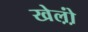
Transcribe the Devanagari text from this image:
खेल़ो़ं